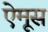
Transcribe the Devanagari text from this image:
ऐमूस